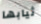
ثيابها